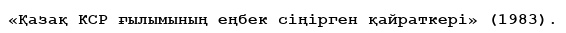
«Қазақ КСР ғылымының еңбек сіңірген қайраткері» (1983).